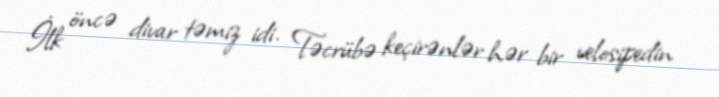
İlk öncə divar təmiz idi. Təcrübə keçirənlər hər bir velosipedin